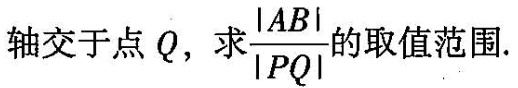
轴交于点Q，求 \frac{\left | AB \right |}{\left | PQ\right |}的取值范围.